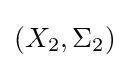
\left(X_{2},\Sigma _{2}\right)